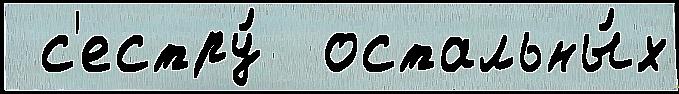
 с'естру́  остальны́х